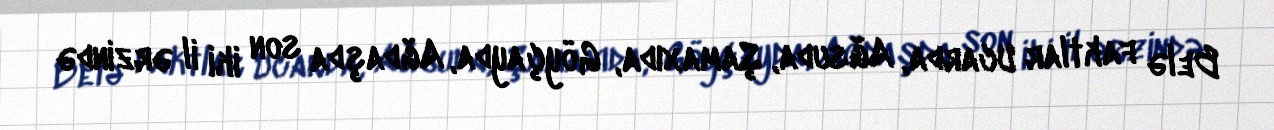
Belə faktlar Ucarda, Ağsuda, Şamaxıda, Göyçayda, Ağdaşda son iki il ərzində